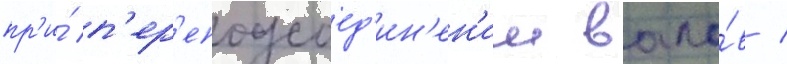
пр'и́ п'ер'еподсоед'ин'ен'ии вало́в /